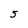
Character: 5